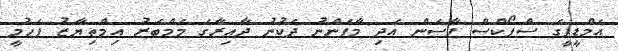
އެމްޑީޕީގެ ސްޕޯކްސް ޕާސަން އަދި މާފަންނު ދެކުނު ދާއިރާގެ މެމްބަރު އިމްތިޔާޒު ފަހުމީ